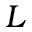
L